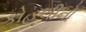
કોહલીનો